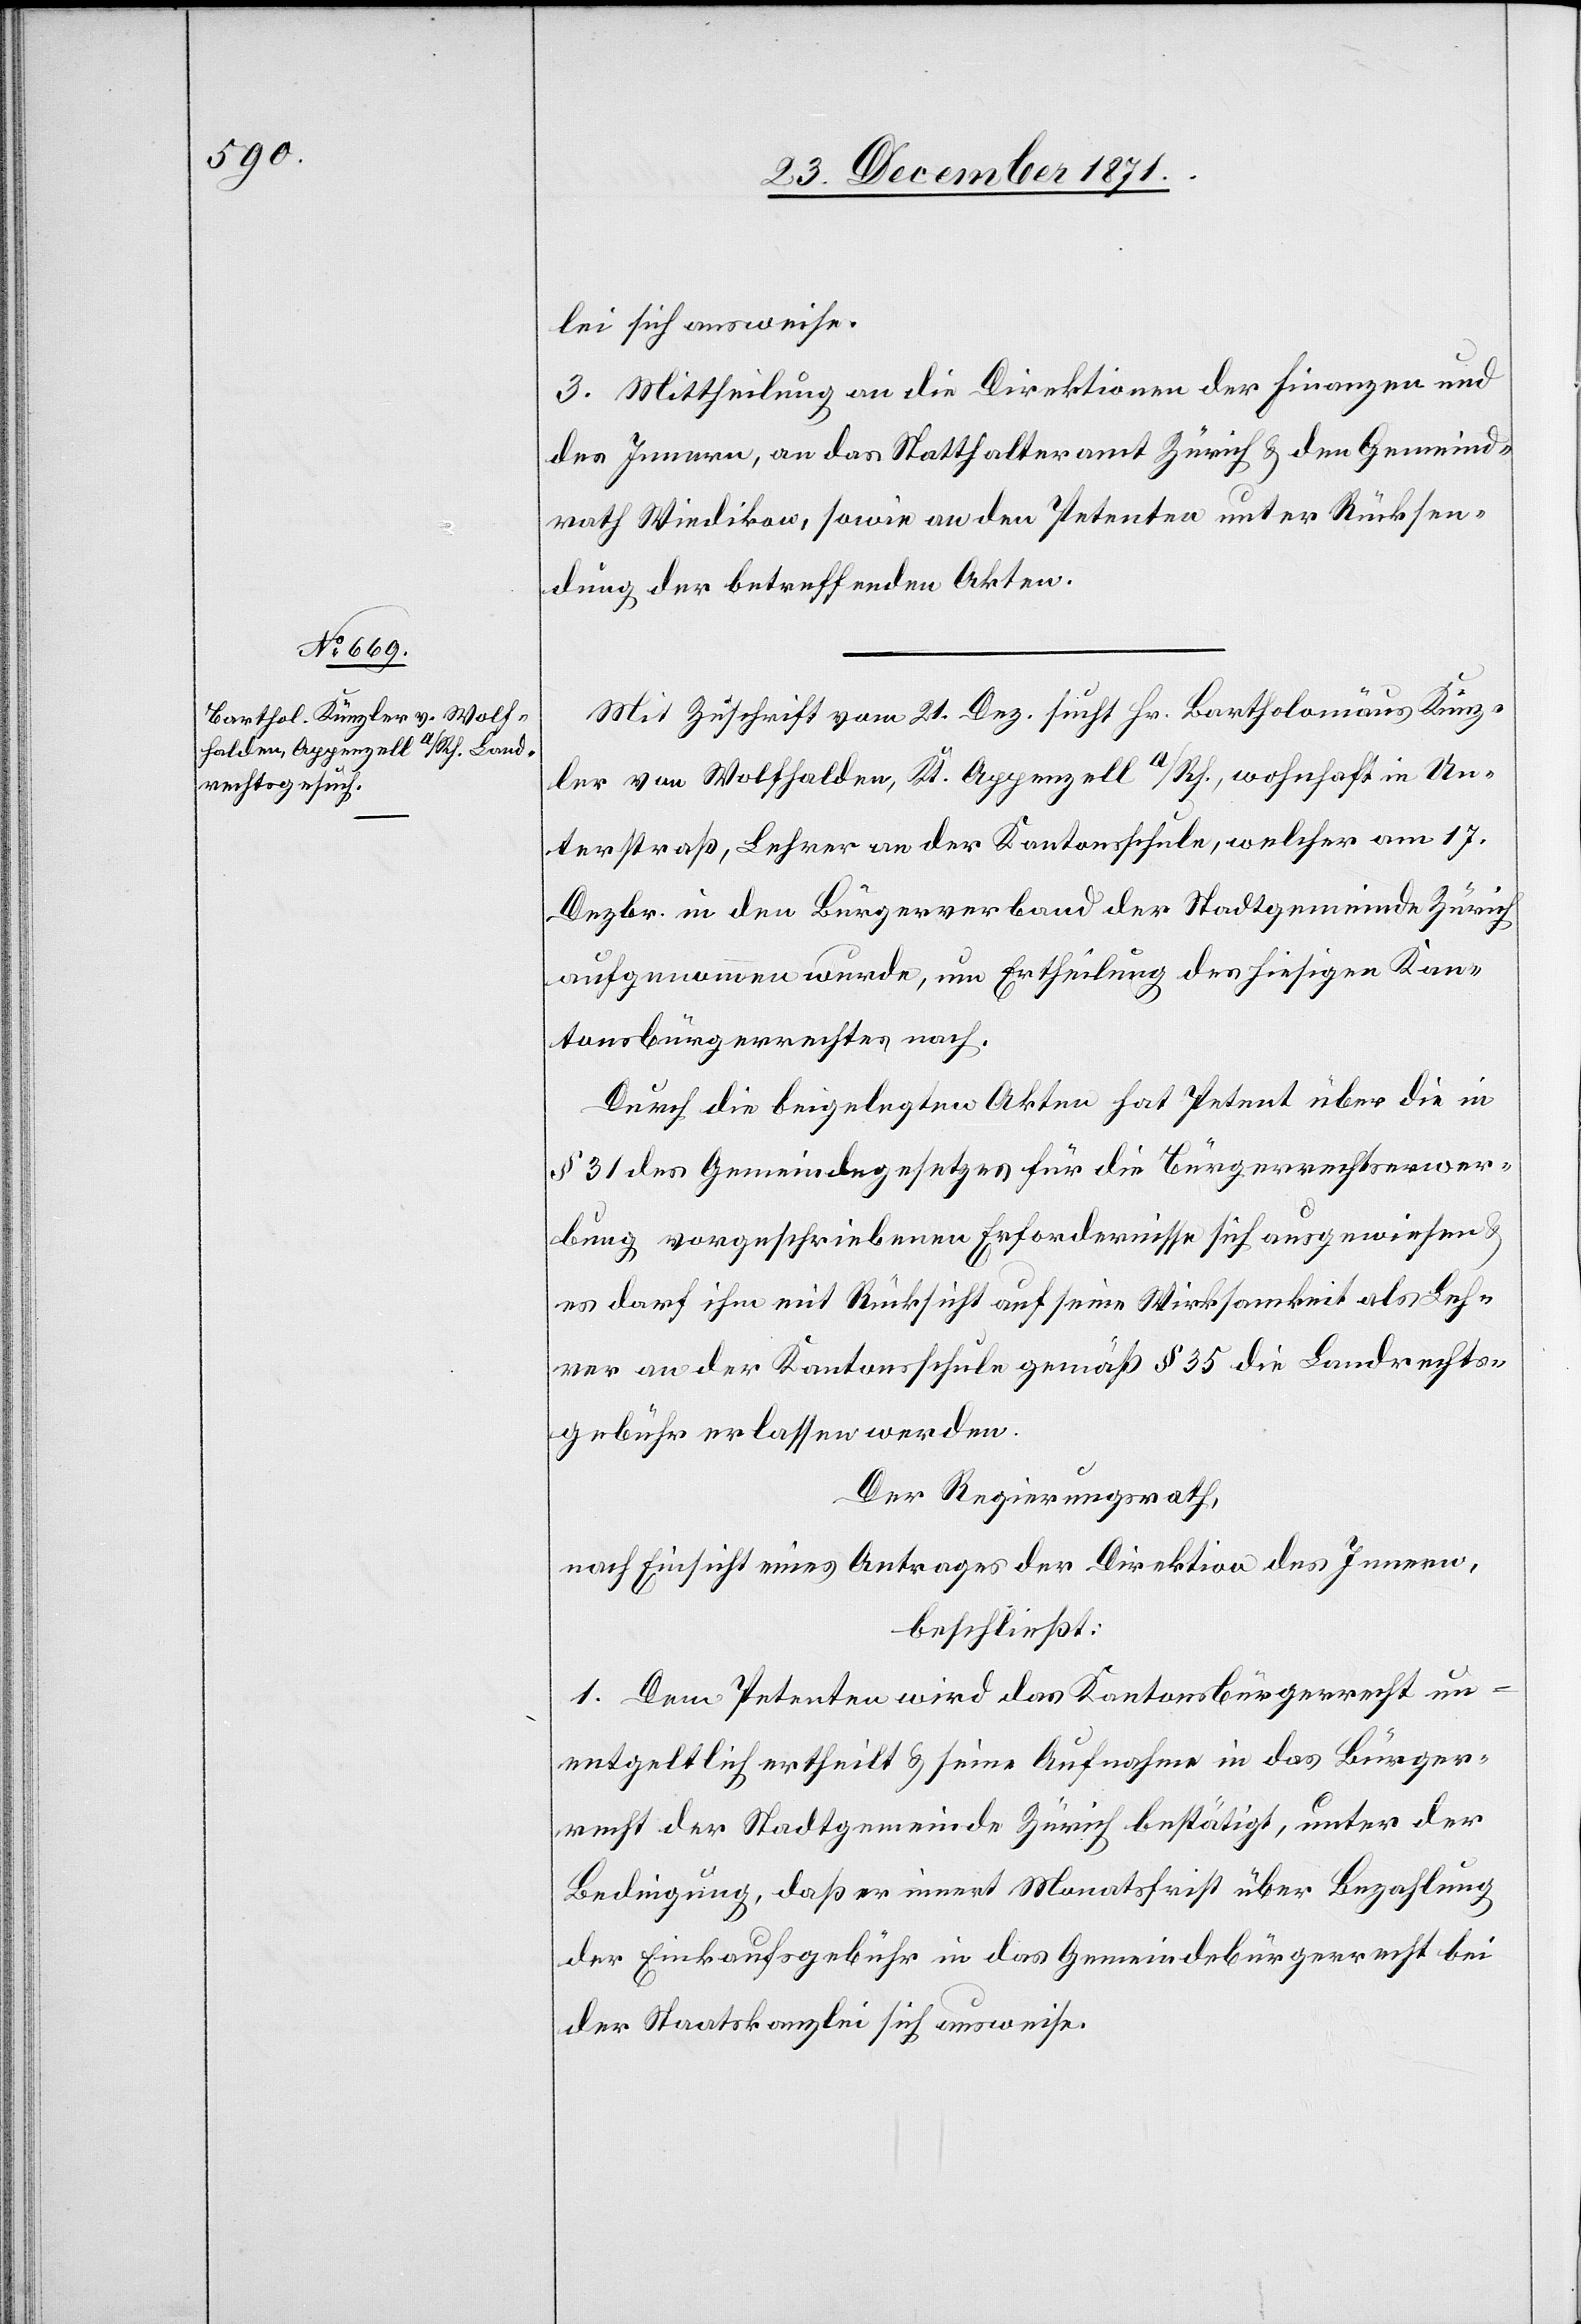
lei sich ausweise.
2.] Mittheilung an die Direktionen der Finanzen und
des Innern, an das Statthalteramt Zürich & den Gemeind¬
rath Wiedikon, sowie an den Petenten unter Rücksen¬
dung der betreffenden Akten.
Mit Zuschrift vom 20. Dez. sucht Hr. Bartholomäus Künz¬
ler von Wolfhalden, Kt. Appenzell a/Rh., wohnhaft in Un¬
terstraß, Lehrer an der Kantonsschule, welcher am 17.
Dezbr. in den Bürgerverband der Stadtgemeinde Zürich
aufgenommen wurde, um Ertheilung des hiesigen Kan¬
tonsbürgerrechtes nach.
Durch die beigelegten Akten hat Petent über die in
§ 31 des Gemeindegesetzes für die Bürgerrechtserwer¬
bung vorgeschriebenen Erfordernisse sich ausgewiesen
es darf ihm mit Rücksicht auf seine Wirkbarkeit als Leh¬
rer an der Kantonsschule gemäß § 35 die Landrechts¬
gebühr erlassen werden.
Der Regierungsrath,
nach Einsicht eines Antrages der Direktion des Innern,
beschließt:
1. Dem Petenten wird das Kantonsbürgerrecht un¬
entgeltlich ertheilt & seine Aufnahme in das Bürger¬
recht der Stadtgemeinde Zürich bestätigt, unter der
Bedingung, daß er innert Monatsfrist über Bezahlung
der Einkaufsgebühr in das Gemeindebürgerrecht bei
der Staatskanzlei sich ausweise.